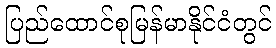
ပြည်ထောင်စုမြန်မာနိုင်ငံတွင်